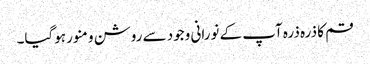
قم کا ذرہ ذرہ آپ کے نورانی وجود سے روشن و منور ہوگیا۔